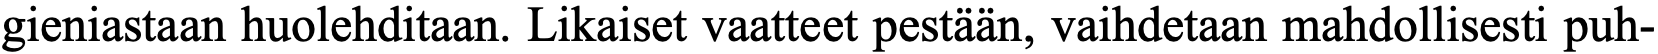
gieniastaan huolehditaan. Likaiset vaatteet pestään, vaihdetaan mahdollisesti puh-